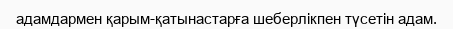
адамдармен қарым-қатынастарға шеберлікпен түсетін адам.